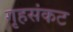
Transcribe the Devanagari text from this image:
गृहसंकट